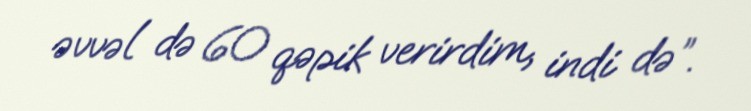
əvvəl də 60 qəpik verirdim, indi də”.